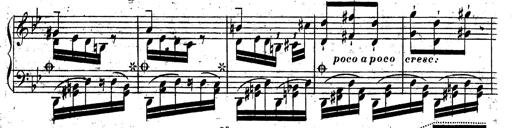
Title: Rondeau fantastique sur un thÃ¨me espagnol
Composer: Franz Liszt